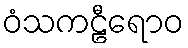
ဝံသကဠီရောဝ